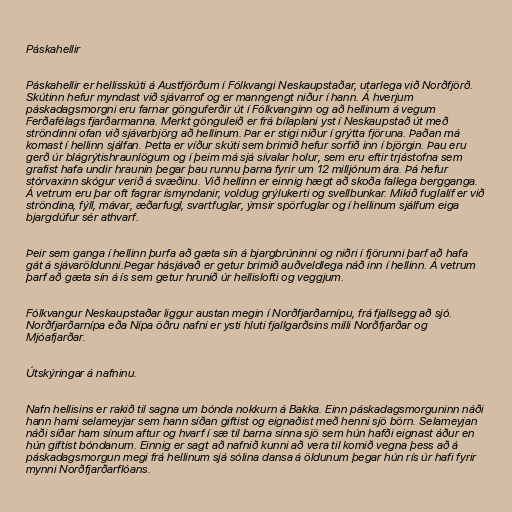
Páskahellir

Páskahellir er hellisskúti á Austfjörðum í Fólkvangi Neskaupstaðar, utarlega við Norðfjörð.
Skútinn hefur myndast við sjávarrof og er manngengt niður í hann. Á hverjum
páskadagsmorgni eru farnar gönguferðir út í Fólkvanginn og að hellinum á vegum
Ferðafélags fjarðarmanna. Merkt gönguleið er frá bílaplani yst í Neskaupstað út með
ströndinni ofan við sjávarbjörg að hellinum. Þar er stigi niður í grýtta fjöruna. Þaðan má
komast í hellinn sjálfan. Þetta er víður skúti sem brimið hefur sorfið inn í björgin. Þau eru
gerð úr blágrýtishraunlögum og í þeim má sjá sívalar holur, sem eru eftir trjástofna sem
grafist hafa undir hraunin þegar þau runnu þarna fyrir um 12 milljónum ára. Þá hefur
stórvaxinn skógur verið á svæðinu. Við hellinn er einnig hægt að skoða fallega bergganga.
Á vetrum eru þar oft fagrar ísmyndanir, voldug grýlukerti og svellbunkar. Mikið fuglalíf er við
ströndina, fýll, mávar, æðarfugl, svartfuglar, ýmsir spörfuglar og í hellinum sjálfum eiga
bjargdúfur sér athvarf.

Þeir sem ganga í hellinn þurfa að gæta sín á bjargbrúninni og niðri í fjörunni þarf að hafa
gát á sjávaröldunni.Þegar hásjávað er getur brimið auðveldlega náð inn í hellinn. Á vetrum
þarf að gæta sín á ís sem getur hrunið úr hellislofti og veggjum.

Fólkvangur Neskaupstaðar liggur austan megin í Norðfjarðarnípu, frá fjallsegg að sjó.
Norðfjarðarnípa eða Nípa öðru nafni er ysti hluti fjallgarðsins milli Norðfjarðar og
Mjóafjarðar.

Útskýringar á nafninu.

Nafn hellisins er rakið til sagna um bónda nokkurn á Bakka. Einn páskadagsmorguninn náði
hann hami selameyjar sem hann síðan giftist og eignaðist með henni sjö börn. Selameyjan
náði síðar ham sínum aftur og hvarf í sæ til barna sinna sjö sem hún hafði eignast áður en
hún giftist bóndanum. Einnig er sagt að nafnið kunni að vera til komið vegna þess að á
páskadagsmorgun megi frá hellinum sjá sólina dansa á öldunum þegar hún rís úr hafi fyrir
mynni Norðfjarðarflóans.